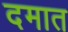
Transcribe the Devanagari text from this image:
दमात